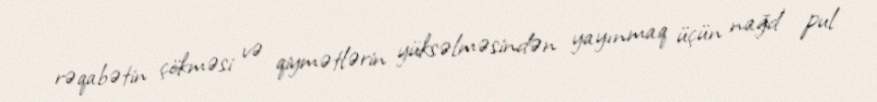
rəqabətin çökməsi və qiymətlərin yüksəlməsindən yayınmaq üçün nağd pul